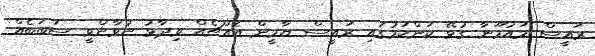
ރައީސް މައުމޫނާ ގުޅޭ ކަންކަމުގައި ރައީސް ޔާމީން އެއްޗެއް ވިދާޅު ނުވާންވީ ސަބަބެއް